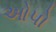
ઓપો